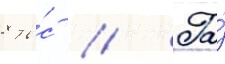
8 ты́с // Га́